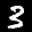
Label: 3